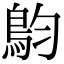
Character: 𩿖